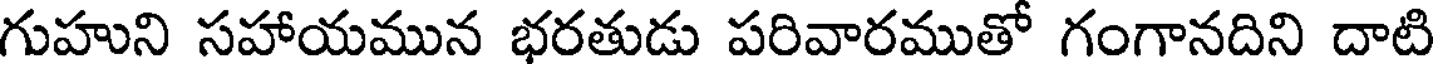
గుహుని సహాయమున భరతుడు పరివారముతో గంగానదిని దాటి